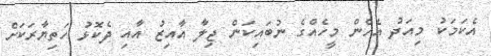
އެކަމަކު މިއަދު އެހެން މީހެއްގެ ނުބައިކަން ޖިލާ އާއިޒު އާއި ދެކޮޅު ހަތިޔާރަކަށް